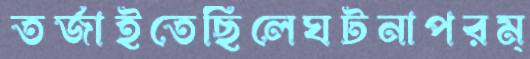
তর্জাইতেছিলেঘটনাপরম্